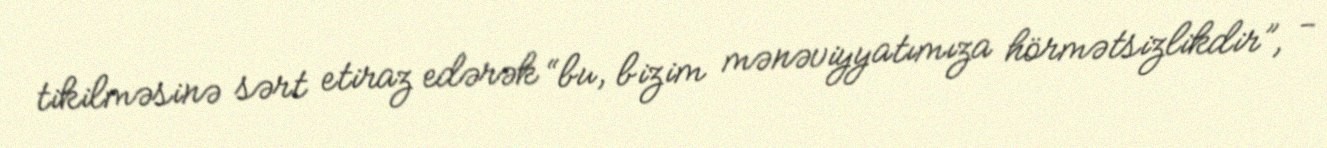
tikilməsinə sərt etiraz edərək “bu, bizim mənəviyyatımıza hörmətsizlikdir”, -